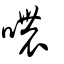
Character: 噥